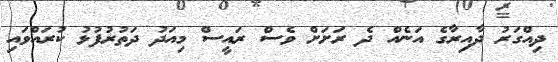
ދިއްގަރު ދާއިރާގެ އަނެއް ދެ ރަށަށް ވެސް ރައީސް މިއަދު ދަތުރުފުޅު ކުރައްވައި